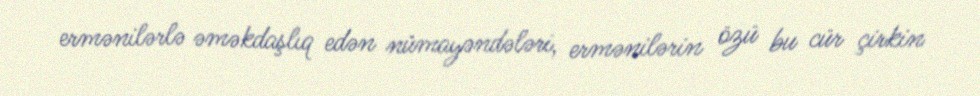
ermənilərlə əməkdaşlıq edən nümayəndələri, ermənilərin özü bu cür çirkin